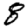
Digit: 8